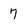
Character: 7